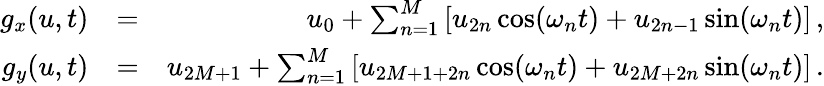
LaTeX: \begin{array}{rlr}{g_{x}(u,t)}&{=}&{u_{0}+\sum_{n=1}^{M}\left[u_{2n}\cos(\omega_{n}t)+u_{2n-1}\sin(\omega_{n}t)\right]\, ,}\\ {g_{y}(u,t)}&{=}&{u_{2M+1}+\sum_{n=1}^{M}\left[u_{2M+1+2n}\cos(\omega_{n}t)+u_{2M+2n}\sin(\omega_{n}t)\right]\, .}\end{array}